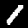
Label: 1